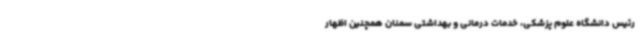
رئیس دانشگاه علوم پزشکی، خدمات درمانی و بهداشتی سمنان همچنین اظهار